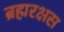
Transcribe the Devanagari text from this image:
ब्रह्मरक्षस